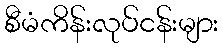
စီမံကိန်းလုပ်ငန်းများ